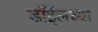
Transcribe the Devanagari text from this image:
डाॅईलच्या